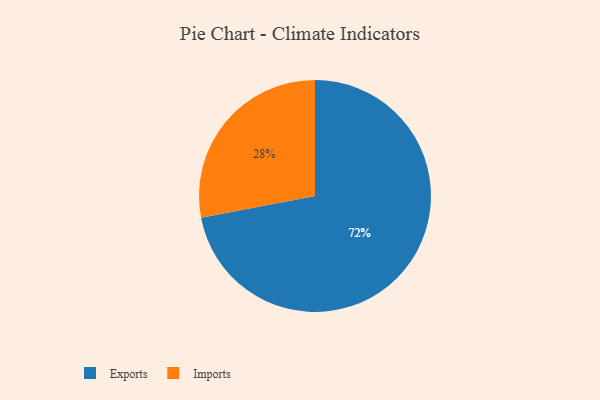
{"axis": {"x": "Category", "y": "Percentage"}, "legend": ["Exports", "Imports"], "data": [{"x": "Imports", "y": 28, "type": "Imports"}, {"x": "Exports", "y": 72, "type": "Exports"}]}